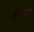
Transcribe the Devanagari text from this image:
ब्राम्ह